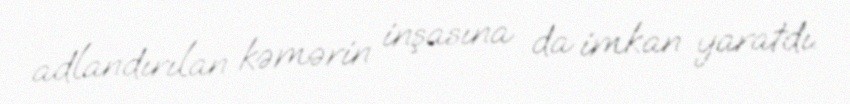
adlandırılan kəmərin inşasına da imkan yaratdı.